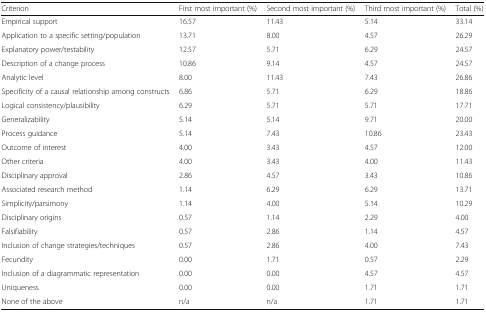
<table><thead><tr><td><b>Criterion</b></td><td><b>First most important (%)</b></td><td><b>Second most important (%)</b></td><td><b>Third most important (%)</b></td><td><b>Total (%)</b></td></tr></thead><tbody><tr><td>Empirical support</td><td>16.57</td><td>11.43</td><td>5.14</td><td>33.14</td></tr><tr><td>Application to a specific setting/population</td><td>13.71</td><td>8.00</td><td>4.57</td><td>26.29</td></tr><tr><td>Explanatory power/testability</td><td>12.57</td><td>5.71</td><td>6.29</td><td>24.57</td></tr><tr><td>Description of a change process</td><td>10.86</td><td>9.14</td><td>4.57</td><td>24.57</td></tr><tr><td>Analytic level</td><td>8.00</td><td>11.43</td><td>7.43</td><td>26.86</td></tr><tr><td>Specificity of a causal relationship among constructs</td><td>6.86</td><td>5.71</td><td>6.29</td><td>18.86</td></tr><tr><td>Logical consistency/plausibility</td><td>6.29</td><td>5.71</td><td>5.71</td><td>17.71</td></tr><tr><td>Generalizability</td><td>5.14</td><td>5.14</td><td>9.71</td><td>20.00</td></tr><tr><td>Process guidance</td><td>5.14</td><td>7.43</td><td>10.86</td><td>23.43</td></tr><tr><td>Outcome of interest</td><td>4.00</td><td>3.43</td><td>4.57</td><td>12.00</td></tr><tr><td>Other criteria</td><td>4.00</td><td>3.43</td><td>4.00</td><td>11.43</td></tr><tr><td>Disciplinary approval</td><td>2.86</td><td>4.57</td><td>3.43</td><td>10.86</td></tr><tr><td>Associated research method</td><td>1.14</td><td>6.29</td><td>6.29</td><td>13.71</td></tr><tr><td>Simplicity/parsimony</td><td>1.14</td><td>4.00</td><td>5.14</td><td>10.29</td></tr><tr><td>Disciplinary origins</td><td>0.57</td><td>1.14</td><td>2.29</td><td>4.00</td></tr><tr><td>Falsifiability</td><td>0.57</td><td>2.86</td><td>1.14</td><td>4.57</td></tr><tr><td>Inclusion of change strategies/techniques</td><td>0.57</td><td>2.86</td><td>4.00</td><td>7.43</td></tr><tr><td>Fecundity</td><td>0.00</td><td>1.71</td><td>0.57</td><td>2.29</td></tr><tr><td>Inclusion of a diagrammatic representation</td><td>0.00</td><td>0.00</td><td>4.57</td><td>4.57</td></tr><tr><td>Uniqueness</td><td>0.00</td><td>0.00</td><td>1.71</td><td>1.71</td></tr><tr><td>None of the above</td><td>n/a</td><td>n/a</td><td>1.71</td><td>1.71</td></tr></tbody></table>